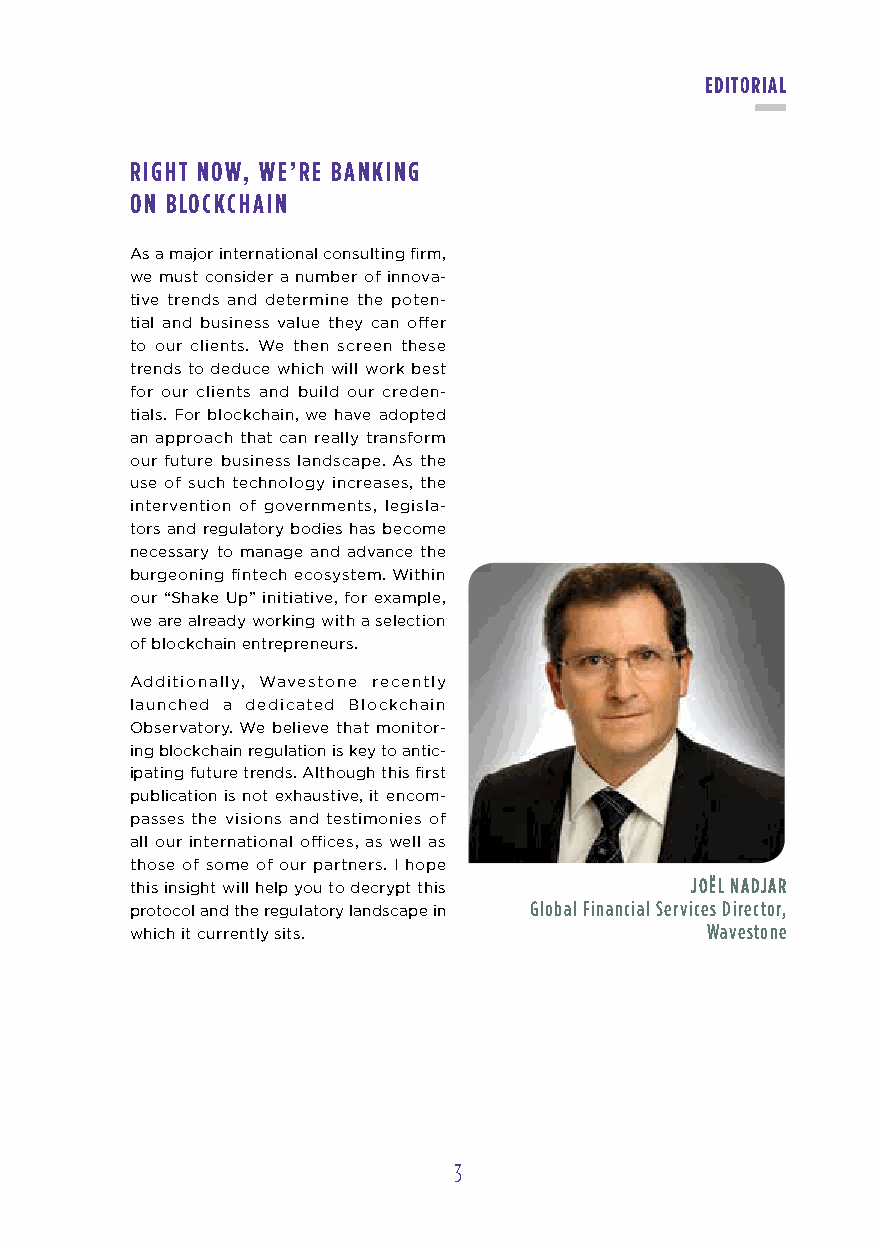
editoRial
 Right now, we’Re B anking
 on Blockchain
 As a major international consulting firm,
 we must consider a number of innova-
 tive trends and determine the poten-
 tial and business value they can offer
 to our clients. We then screen these
 trends to deduce which will work best
 for our clients and build our creden-
 tials. For blockchain, we have adopted
 an approach that can really transform
 our future business landscape. As the
 use of such technology increases, the
 intervention of governments, legisla-
 tors and regulatory bodies has become
 necessary to manage and advance the
 burgeoning fintech ecosystem. Within
 our “Shake Up” initiative, for example,
 we are already working with a selection
 of blockchain entrepreneurs.
 Additionally, Wavestone recently
 launched a dedicated Blockchain
 Observatory. We believe that monitor-
 ing blockchain regulation is key to antic-
 ipating future trends. Although this first
 publication is not exhaustive, it encom-
 passes the visions and testimonies of
 all our international offices, as well as
 those of some of our partners. I hope
 this insight will help you to decrypt this JoËl nadJaR
 protocol and the regulatory landscape in Global Financial Services Director,
 which it currently sits.              Wavestone
 3